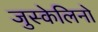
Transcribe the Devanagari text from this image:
जुस्केलिनो